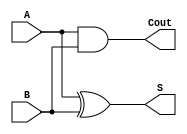
module halfadder(S, Cout, A, B);
output S, Cout;
input A,B;

xor x0(S, A, B);
and a0(Cout, A, B);

endmodule